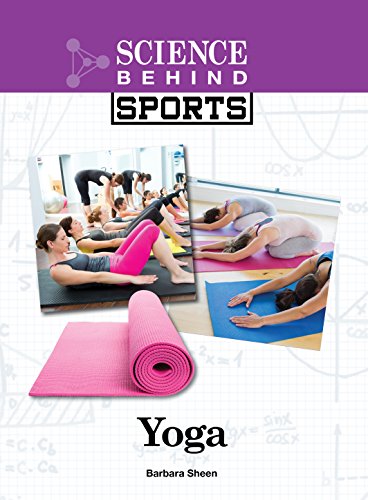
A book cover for Yoga (Science Behind Sports); Barbara Sheen; Teen & Young Adult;